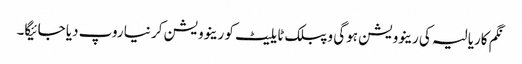
نگم کاریالیہ کی رینوویشن ہوگی و پبلک ٹایلیٹ کو رینوویشن کر نیا روپ دیا جائیگا۔